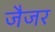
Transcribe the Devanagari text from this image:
जैजर